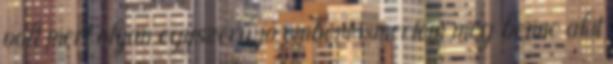
volt mert olyan egyszerű,jó embert ismertem meg benne akit